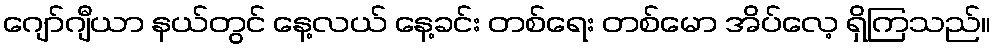
ဂျော်ဂျီယာ နယ်တွင် နေ့လယ် နေ့ခင်း တစ်ရေး တစ်မော အိပ်လေ့ ရှိကြသည်။